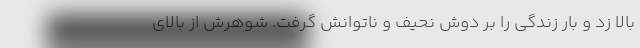
بالا زد و بار زندگي را بر دوش نحيف و ناتوانش گرفت. شوهرش از بالاي